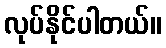
လုပ်နိုင်ပါတယ်။